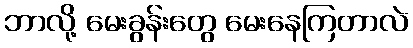
ဘာလို့ မေးခွန်းတွေ မေးနေကြတာလဲ